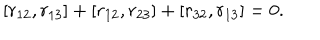
[ r _ { 1 2 } , r _ { 1 3 } ] + [ r _ { 1 2 } , r _ { 2 3 } ] + [ r _ { 3 2 } , r _ { 1 3 } ] = 0 .